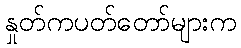
နှုတ်ကပတ်တော်များက